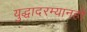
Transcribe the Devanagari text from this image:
युद्धादरम्यानही